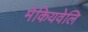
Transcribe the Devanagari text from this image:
मेकियवेलि